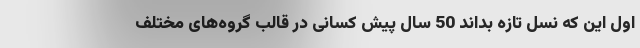
اول این که نسل تازه بداند 50 سال پیش کسانی در قالب گروه‌های مختلف